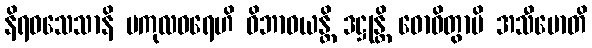
နိရဝသေသာနိ မကုလဓရေဟိ ဝိဘာဝယန္တိ ဒဋ္ဌုန္တိ ဓောဝိတွာပိ အသီမောတိ